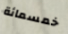
خمسمائة